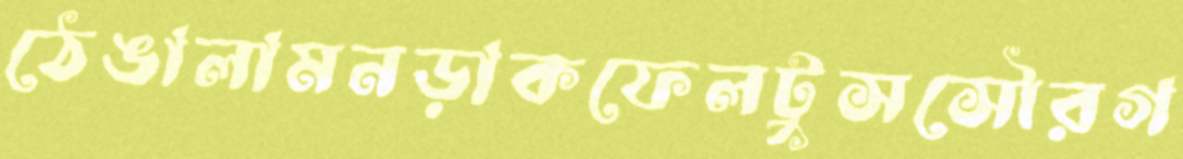
ঠেঙালামনড়াকফেলটুসসৌরগ